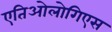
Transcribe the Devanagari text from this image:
एतिओलोगिएस